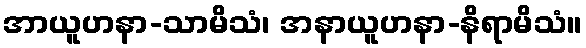
အာယူဟနာ-သာမိသံ၊ အနာယူဟနာ-နိရာမိသံ။